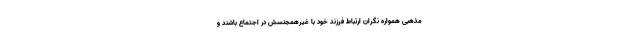
مذهبی همواره نگران ارتباط فرزند خود با غیرهمجنسش در اجتماع باشند و